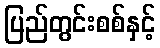
ပြည်တွင်းစစ်နှင့်